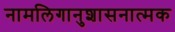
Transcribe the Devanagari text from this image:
नामलिगानुशासनात्मक